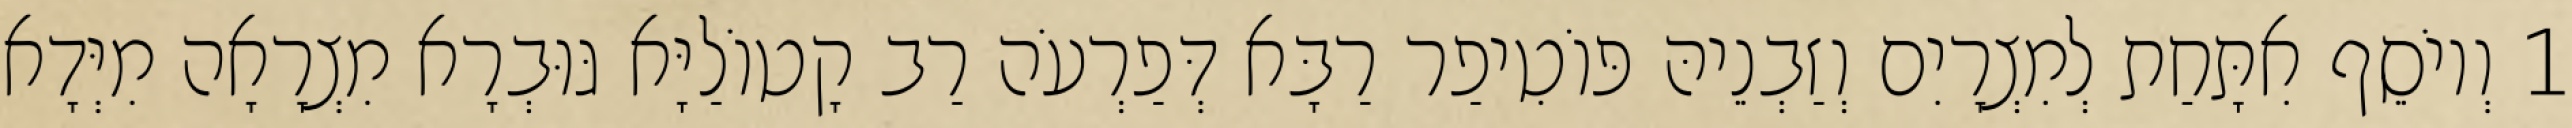
1 וְיוֹסֵף אִתָּחַת לְמִצְרָיִם וְזַבְנֵיהּ פּוֹטִיפַר רַבָּא דְּפַרְעֹה רַב קָטוֹלַיָּא גּוּבְרָא מִצְרָאָה מִיְּדָא